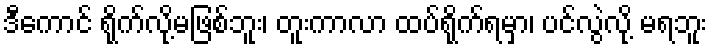
ဒီကောင် ရိုက်လို့မဖြစ်ဘူး၊ တူးကာလာ ထပ်ရိုက်ရမှာ၊ ပင်လွဲလို့ မရဘူး